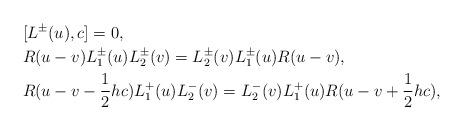
LaTeX: \begin{align*} &[L^{\pm}(u),c]=0,\\ &R(u-v)L_1^{\pm}(u)L_2^{\pm}(v)=L_2^{\pm}(v)L_1^{\pm}(u)R(u-v),\\ &R(u-v-\frac{1}{2}hc)L_1^{+}(u)L_2^{-}(v)=L_2^{-}(v)L_1^{+}(u)R(u-v+\frac{1}{2}hc),\end{align*}